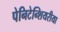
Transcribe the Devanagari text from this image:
पेनिटेन्शियरीया